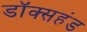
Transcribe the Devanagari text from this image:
डॉक्सहंड